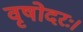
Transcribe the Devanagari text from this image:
वृषोदरः।